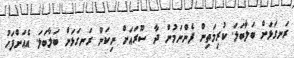
ރަނގަޅަށް ބަލާބަލަ. ކުރިމަތިން ފެންނަމުން ދާ ސޫރައަށް ނިކަން ރަނގަޅަށް ބަލާބަލަ. އެއަށްފަހު